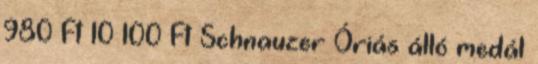
980 Ft 10 100 Ft Schnauzer Óriás álló medál